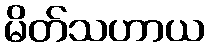
မိတ်သဟာယ